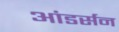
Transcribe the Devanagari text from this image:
आंडर्सन